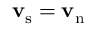
{ \bf v _ { \mathrm { s } } } = { \bf v _ { \mathrm { n } } }